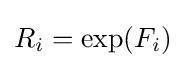
R_{i}=\exp(F_{i})